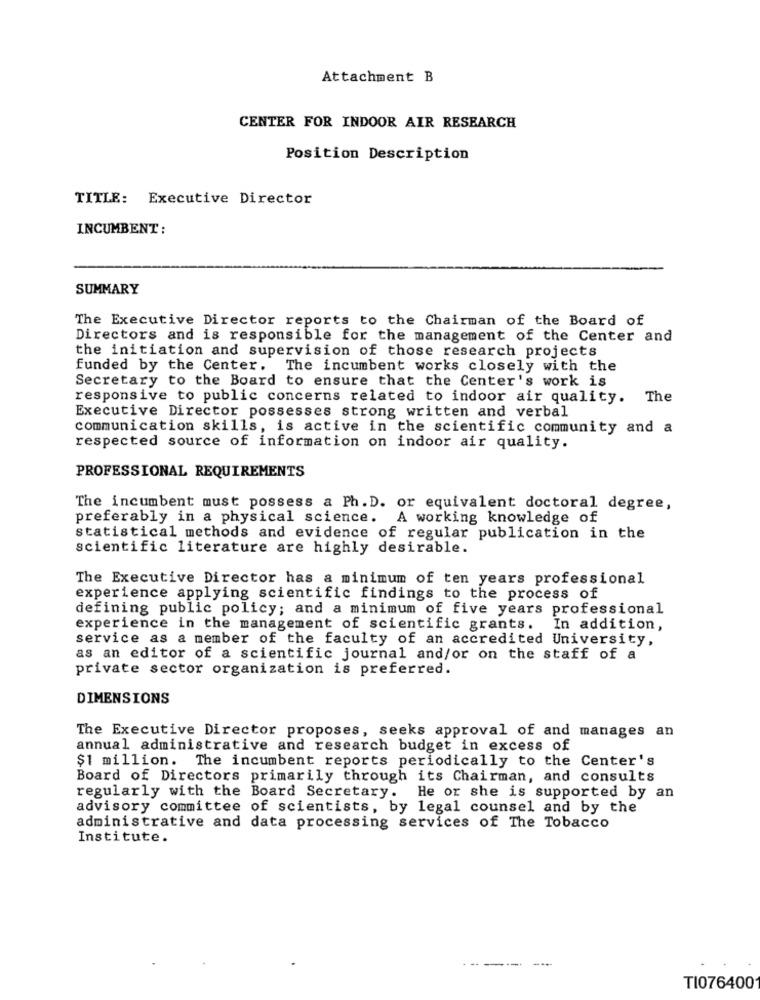
Attachment B
CENTER FOR INDOOR AIR RESEARCH
Position Description
TITLE: Executive Director
INCUMBENT:
SUMMARY
The Executive Director reports to the Chairman of the Board of
Directors and is responsible for the management of the Center and
the initiation and supervision of those research projects
funded by the Center. The incumbent works closely with the
Secretary to the Board to ensure that the Center's work is
responsive to public concerns related to indoor air quality. The
Executive Director possesses strong written and verbal
communication skills, is active in the scientific community and a
respected source of information on indoor air quality.
PROFESSIONAL REQUIREMENTS
The incumbent must possess a Ph. D. or equivalent doctoral degree,
preferably in a physical science. A working knowledge of
statistical methods and evidence of regular publication in the
scientific literature are highly desirable.
The Executive Director has a minimum of ten years professional
experience applying scientific findings to the process of
defining public policy; and a minimum of five years professional
experience in the management of scientific grants. In addition,
service as a member of the faculty of an accredited University,
as an editor of a scientific journal and/or on the staff of a
private sector organization is preferred.
DIMENSIONS
The Executive Director proposes, seeks approval of and manages an
annual administrative and research budget in excess of
$1 million. The incumbent reports periodically to the Center's
Board of Directors primarily through its Chairman, and consults
regularly with the Board Secretary. He or she is supported by an
advisory committee of scientists, by legal counsel and by the
administrative and data processing services of The Tobacco
Institute.
--
---
TI076400